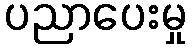
ပညာပေးမှု